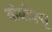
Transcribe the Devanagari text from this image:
बीबीएयू